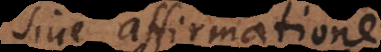
sine affirmatione